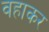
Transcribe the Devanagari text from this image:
वहाकर